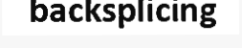
backsplicing